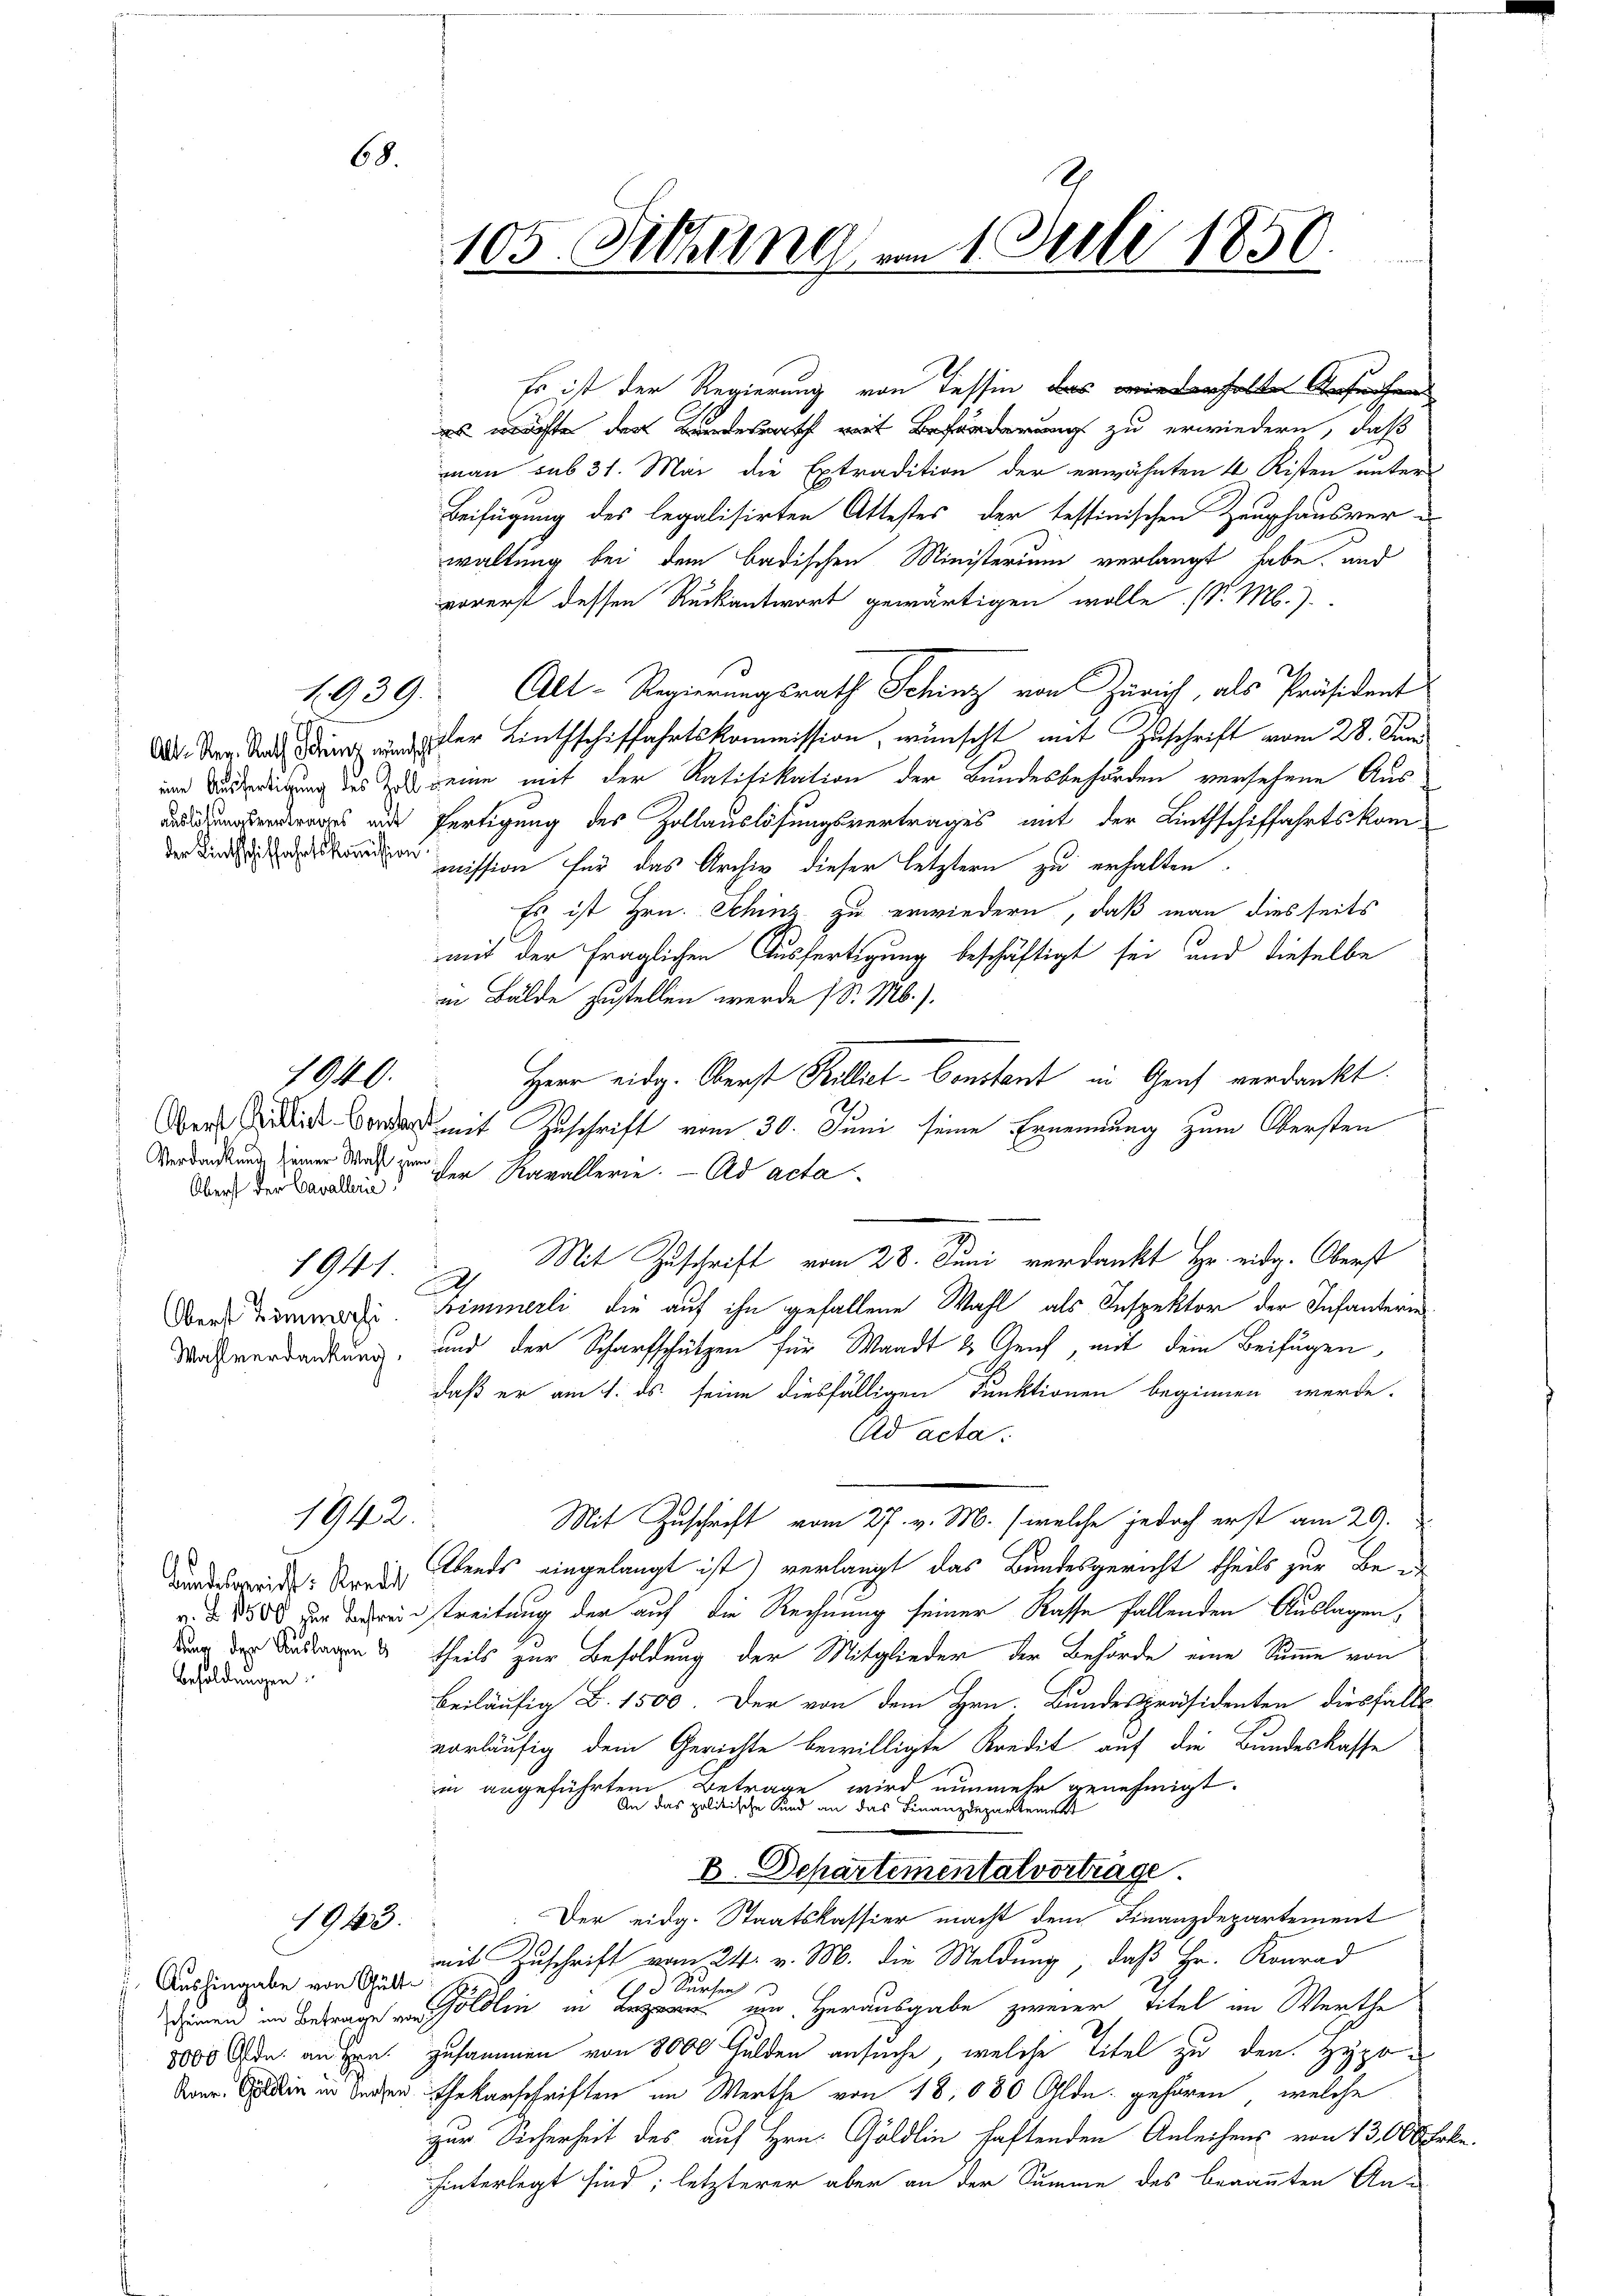
Alt-Reg. Rath Schinz wünscht
der Linthschiffahrtskommission

Verdankung, seiner Wahl zu
1941.

1940.

68.

1942.

Bundesgericht: Kredit
Besoldungen.

1943.

Aushingabe von Gülte
S

Es ist der Regierung von Tessin das erhalte Gesuchen
s möchte der zu erwiedern, daß
man sub 31. Mai die Extradition der erwähnten 4 Kisten unters
Beifügung des legalisirten Attestes, der tessinischen Zeughausver-
waltung bei dem badischen Ministerium verlangt habe, und
vorerst dessen Rückantwort gewärtigen wolle. (S. M.)
1939. Alt-Regierungsrath Schinz von Zürich, als Präsident
der Linthschiffahrtskommission, wünscht mit Zuschrift vom 28. Juni
und Ausbedingung des zu seine mit der Ratifikation der Bundesbehörden versehene Aussers und fertigung des Zollauslösungsvertrages mit der Linthschiffahrtskom-
mission für das Archiv dieser letztern zu erhalten
Es ist Hrn. Schinz zu erwiedern, daß man diesseits
mit der fraglichen Ausfertigung beschäftigt sei, und dieselbe
in Bälde zustellen werde (S. M.).
Herr eidg. Oberst Billiet-Constant in Genf verdankt.
Oeri es mit Zuschrift vom 30. Juni seine Ernennung zum Obersten
Obers der Cavallen der Kavallerie. - Ad acta
Mit Zuschrift vom 28. Juni verdankt Hr. eidg. Oberst
A
Der Bern. Himmerli die auf ihn gefallene Wahl als Inspektor der Infanterie
Mahverdankung, und der Scharfschützen für Waadt & Genf, mit dem Beifügen
daß er am 1. ds. seine diesfälligen Funktionen beginnen werde.
Ad acta.
Mit Zuschrift vom 27. v. M. (welche jedoch erst am 29.
Abends eingelangt ist) verlangt das Bundesgericht theils zur Be-
v. §. 8300 der Bereinstreitung der auf die Rechnung seiner Kasse fallenden Auslagen,
uung der Auslagen & theils zur Besoldung der Mitglieder der Behörde eine Summe von
beiläufig B. 1500. Der von dem Hrn. Bundespräsidenten diesfalls
vorläufig dem Gerichte bewilligte Kredit auf die Bundeskasse
zin angeführtem Betrage wird nunmehr genehmigt.
An das politische Sand an das Finanzdepartement
B. Departementalvortrage
Der eidg. Staatskassier macht dem Finanzdepartement
mit Zuschrift vom 24. v. M. die Meldung, daß Hr. Konrad
 Sursen
öllen in und Herausgabe zweier Titel im Werthe
8000 M. andern zusammen von 8000 Gulden ansuche, welche Titel zu den Hypo¬
Da in in derer Ehekarschriften im Werthe von 18. 680 Olde gehören, welche
zur Sicherheit des auf Hrn. Göldlin haftenden Anleihens von 1300 Fr.
hinterlegt sind; letzterer aber an der Summe des benannten An-

105. Sitzung am 1. Juli 1850.

be.